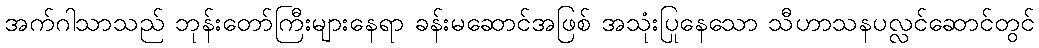
အက်ဂါသာသည် ဘုန်းတော်ကြီးများနေရာ ခန်းမဆောင်အဖြစ် အသုံးပြုနေသော သီဟာသနပလ္လင်ဆောင်တွင်